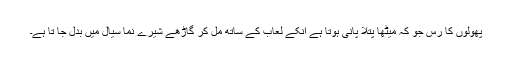
پھولوں کا رس جو کہ میٹھا پتلا پانی ہوتا ہے انکے لعاب کے ساتھ مل کر گاڑھے شیرے نما سیال میں بدل جا تا ہے۔